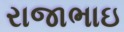
રાજાભાઇ